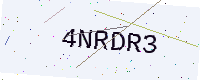
Text: 4NRDR3